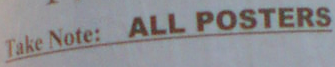
Take Note: ALL POSTERS